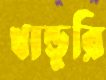
খান্ডুরি